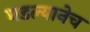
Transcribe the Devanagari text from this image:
घडल्यानेच